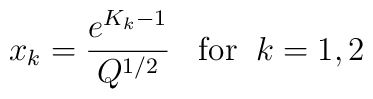
x_{k}=\frac{e^{K_{k}-1}}{Q^{1/2}}\;\;\; {\rm for}\;\; k=1,2